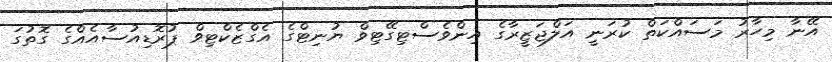
އޭނާ މިހާރު މަސައްކަތް ކުރަނީ އަލްޖަޒީރާގެ އިންވެސްޓިގޭޓިވް ޔުނިޓްގެ އެގްޒެކްޓިވް ޕުރޮޑިއުސާއެއްގެ ގޮތުގަ